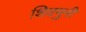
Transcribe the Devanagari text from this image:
शिवमुनी